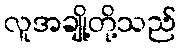
လူအချို့တို့သည်